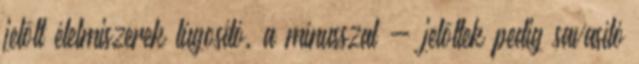
jelölt élelmiszerek lúgosító, a mínusszal - jelöltek pedig savasító